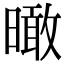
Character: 𣊟